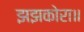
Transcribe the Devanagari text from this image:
झझकोरा॥